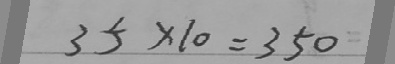
3 5 \times 1 0 = 3 5 0